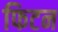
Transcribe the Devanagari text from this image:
फिटन